Scottish Leaving Certificate Examination, 1954
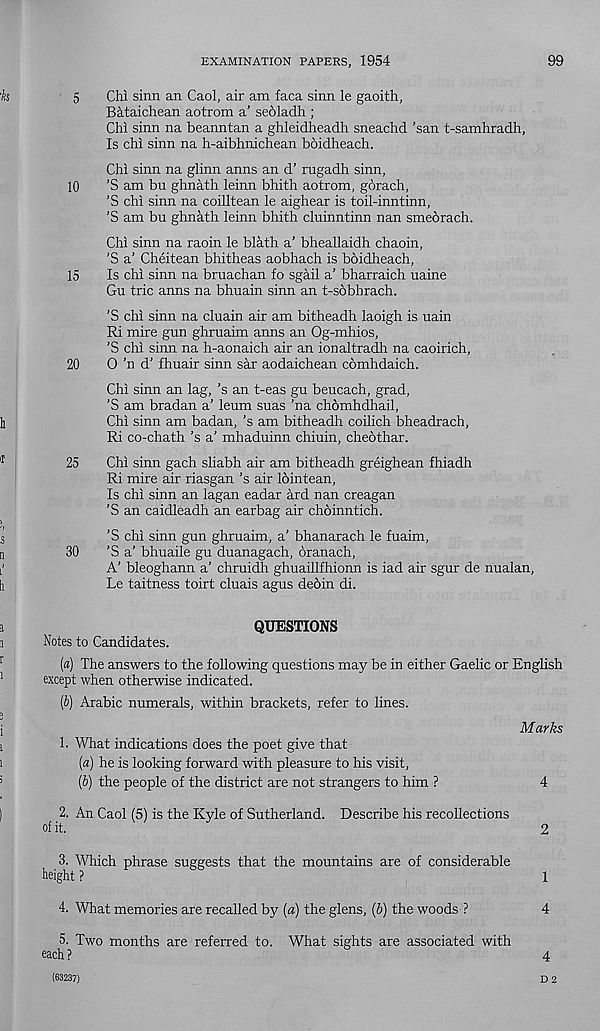
EXAMINATION PAPERS, 1954
99
5
Chi sinn an Caol, air am faca sinn le gaoith,
Bataichean aotrom a’ seoladh ;
Chi sinn na beanntan a ghleidheadh sneachd ’san t-samhradh,
Is chi sinn na h-aibhnichean boidheach.
Chi sinn na glinn anns an d’ rugadh sinn,
10
’S am bu ghnath leinn bhith aotrom, gdrach,
’S chi sinn na coilltean le aighear is toil-inntinn,
’S am bu ghnath leinn bhith cluinntinn nan smeorach.
Chi sinn na raoin le blath a’ bheallaidh chaoin,
'S a’ Cheitean bhitheas aobhach is boidheach,
15
Is chi sinn na bruachan fo sgail a’ bharraich uaine
Gu trie anns na bhuain sinn an t-sobbrach.
’S chi sinn na cluain air am bitheadh laoigh is uain
Ri mire gun ghruaim anns an Og-mhios,
’S chi sinn na h-aonaich air an ionaltradh na caoirich,
20
0 ’n d’ fhuair sinn sar aodaichean comhdaich.
Chi sinn an lag, ’s an t-eas gu beucach, grad,
’S am bradan a’ leum suas ’na chomhdhail,
Chi sinn am badan, 's am bitheadh coilich bheadrach,
Ri co-chath’s a’ mhaduinn chiuin, cheothar.
25
Chi sinn gach sliabh air am bitheadh greighean fhiadh
Ri mire air riasgan’s air lointean,
Is chi sinn an lagan eadar ard nan creagan
’S an caidleadh an earbag air choinntich.
’S chi sinn gun ghruaim, a’ bhanarach le fuaim,
30
’S a’ bhuaile gu duanagach, oranach,
A’ bleoghann a’ chruidh ghuaillfhionn is iad air sgur de nualan,
Le taitness toirt cluais agus deoin di.
QUESTIONS
Notes to Candidates.
[а) The answers to the following questions may be in either Gaelic or English
except when otherwise indicated.
(б) Arabic numerals, within brackets, refer to lines.
Marks
1. What indications does the poet give that
[a) he is looking forward with pleasure to his visit,
(b) the people of the district are not strangers to him ?
4
2. An Caol (5) is the Kyle of Sutherland. Describe his recollections
of it.
2
3. Which phrase suggests that the mountains are of considerable
height ?
1
4. What memories are recalled by [a) the glens, (6) the woods ?
4
5. Two months are referred to. What sights are associated with
each ?
4
(63237)
D 2